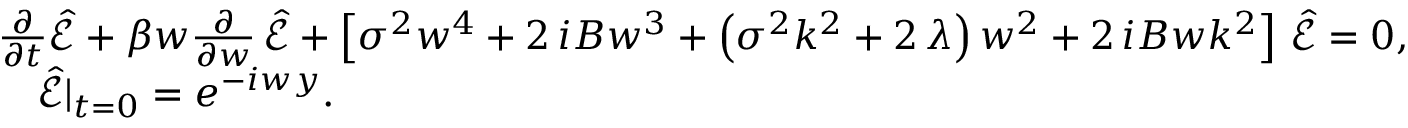
\begin{array} { r l } & { { \frac { \partial } { \partial t } } \hat { \mathcal E } + \beta w { \frac { \partial } { \partial w } } \, \hat { \mathcal E } + \left[ \sigma ^ { 2 } w ^ { 4 } + 2 \, i B { w } ^ { 3 } + \left( \sigma ^ { 2 } { k } ^ { 2 } + 2 \, { \lambda } \right) { w } ^ { 2 } + 2 \, i B w { k } ^ { 2 } \right] \, \hat { \mathcal E } = 0 , } \\ & { \quad \hat { \mathcal E } | _ { t = 0 } = e ^ { - i w y } . } \end{array}